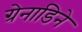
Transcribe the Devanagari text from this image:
ग्रेनाडिने